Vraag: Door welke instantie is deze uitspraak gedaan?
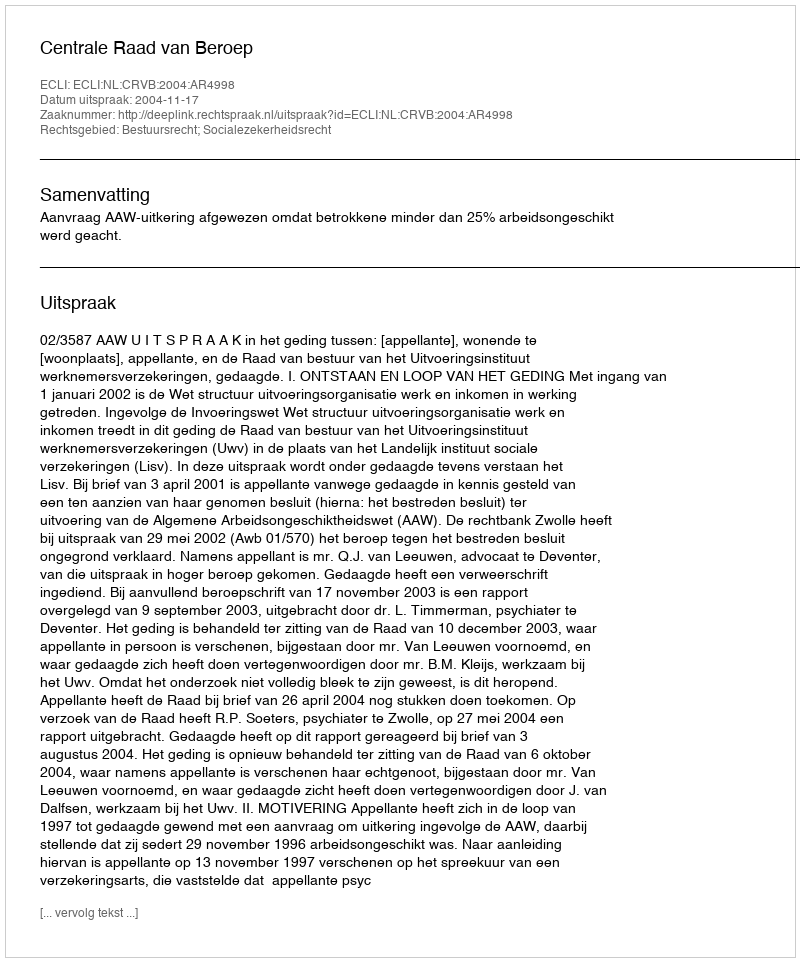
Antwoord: Centrale Raad van Beroep